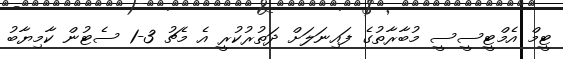
ޓީމް އެމްޓީސީސީ މުބާރާތުގެ ފައިނަލަށް ދަތުރުކުރީ އެ މެޗު 3-1 ސެޓުން ކާމިޔާބު